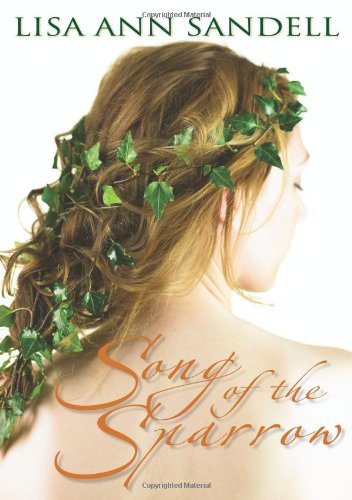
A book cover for Song Of The Sparrow; Lisa Ann Sandell; Teen & Young Adult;